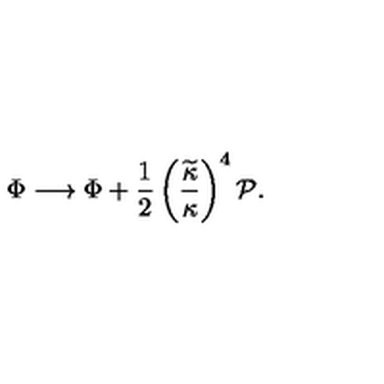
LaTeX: \Phi \longrightarrow \Phi + { \frac { 1 } { 2 } } \left( { \frac { \widetilde { \kappa } } { \kappa } } \right) ^ { 4 } { \cal P } .